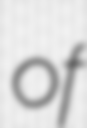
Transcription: of